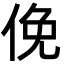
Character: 俛